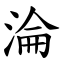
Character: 淪